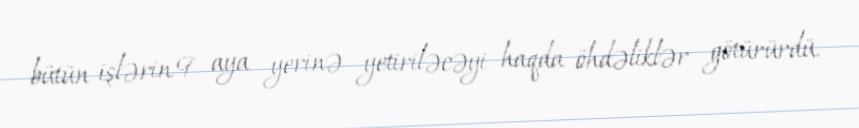
bütün işlərin 9 aya yerinə yetiriləcəyi haqda öhdəliklər götürürdü.